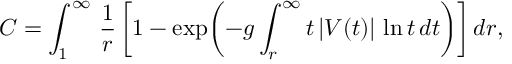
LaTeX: C = \int _ { 1 } ^ { \infty } \, { \frac { 1 } { r } } \, \biggl [ 1 - \exp \biggl ( - g \int _ { r } ^ { \infty } t \, | V ( t ) | \, \ln t \, d t \biggr ) \biggr ] \, d r ,